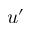
u ^ { \prime }